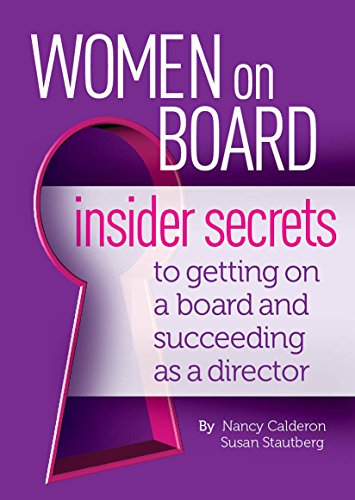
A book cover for Women On Board: Insider Secrets to Getting on a Board and Succeeding as a Director; Susan Stautberg; Business & Money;